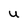
Character: U